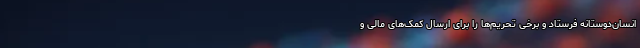
انسان‌دوستانه فرستاد و برخی تحریم‌ها را برای ارسال کمک‌های مالی و